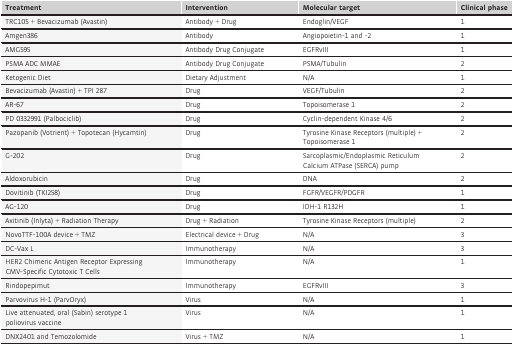
| Treatment | Intervention | Molecular target | Clinical phase |
 | --- | --- | --- | --- |
 | TRC105 + Bevacizumab (Avastin) | Antibody + Drug | Endoglin/VEGF | 1 |
 | Amgen386 | Antibody | Angiopoietin-1 and -2 | 1 |
 | AMG595 | Antibody Drug Conjugate | EGFRvIII | 1 |
 | PSMA ADC MMAE | Antibody Drug Conjugate | PSMA/Tubulin | 2 |
 | Ketogenic Diet | Dietary Adjustment | N/A | 1 |
 | Bevacizumab (Avastin) + TPI 287 | Drug | VEGF/Tubulin | 2 |
 | AR-67 | Drug | Topoisomerase 1 | 2 |
 | PD 0332991 (Palbociclib) | Drug | Cyclin-dependent Kinase 4/6 | 2 |
 | Pazopanib (Votrient) + Topotecan (Hycamtin) | Drug | Tyrosine Kinase Receptors (multiple) + Topoisomerase 1 | 2 |
 | G-202 | Drug | Sarcoplasmic/Endoplasmic Reticulum Calcium ATPase (SERCA) pump | 2 |
 | Aldoxorubicin | Drug | DNA | 2 |
 | Dovitinib (TKI258) | Drug | FGFR/VEGFR/PDGFR | 1 |
 | AG-120 | Drug | IDH-1 R132H | 1 |
 | Axitinib (Inlyta) + Radiation Therapy | Drug + Radiation | Tyrosine Kinase Receptors (multiple) | 2 |
 | NovoTTF-100A device + TMZ | Electrical device + Drug | N/A | 3 |
 | DC-Vax L | Immunotherapy | N/A | 3 |
 | HER2 Chimeric Antigen Receptor Expressing CMV-Specific Cytotoxic T Cells | Immunotherapy | N/A | 1 |
 | Rindopepimut | Immunotherapy | EGFRvIII | 3 |
 | Parvovirus H-1 (ParvOryx) | Virus | N/A | 1 |
 | Live attenuated, oral (Sabin) serotype 1 poliovirus vaccine | Virus | N/A | 1 |
 | DNX2401 and Temozolomide | Virus + TMZ | N/A | 1 |